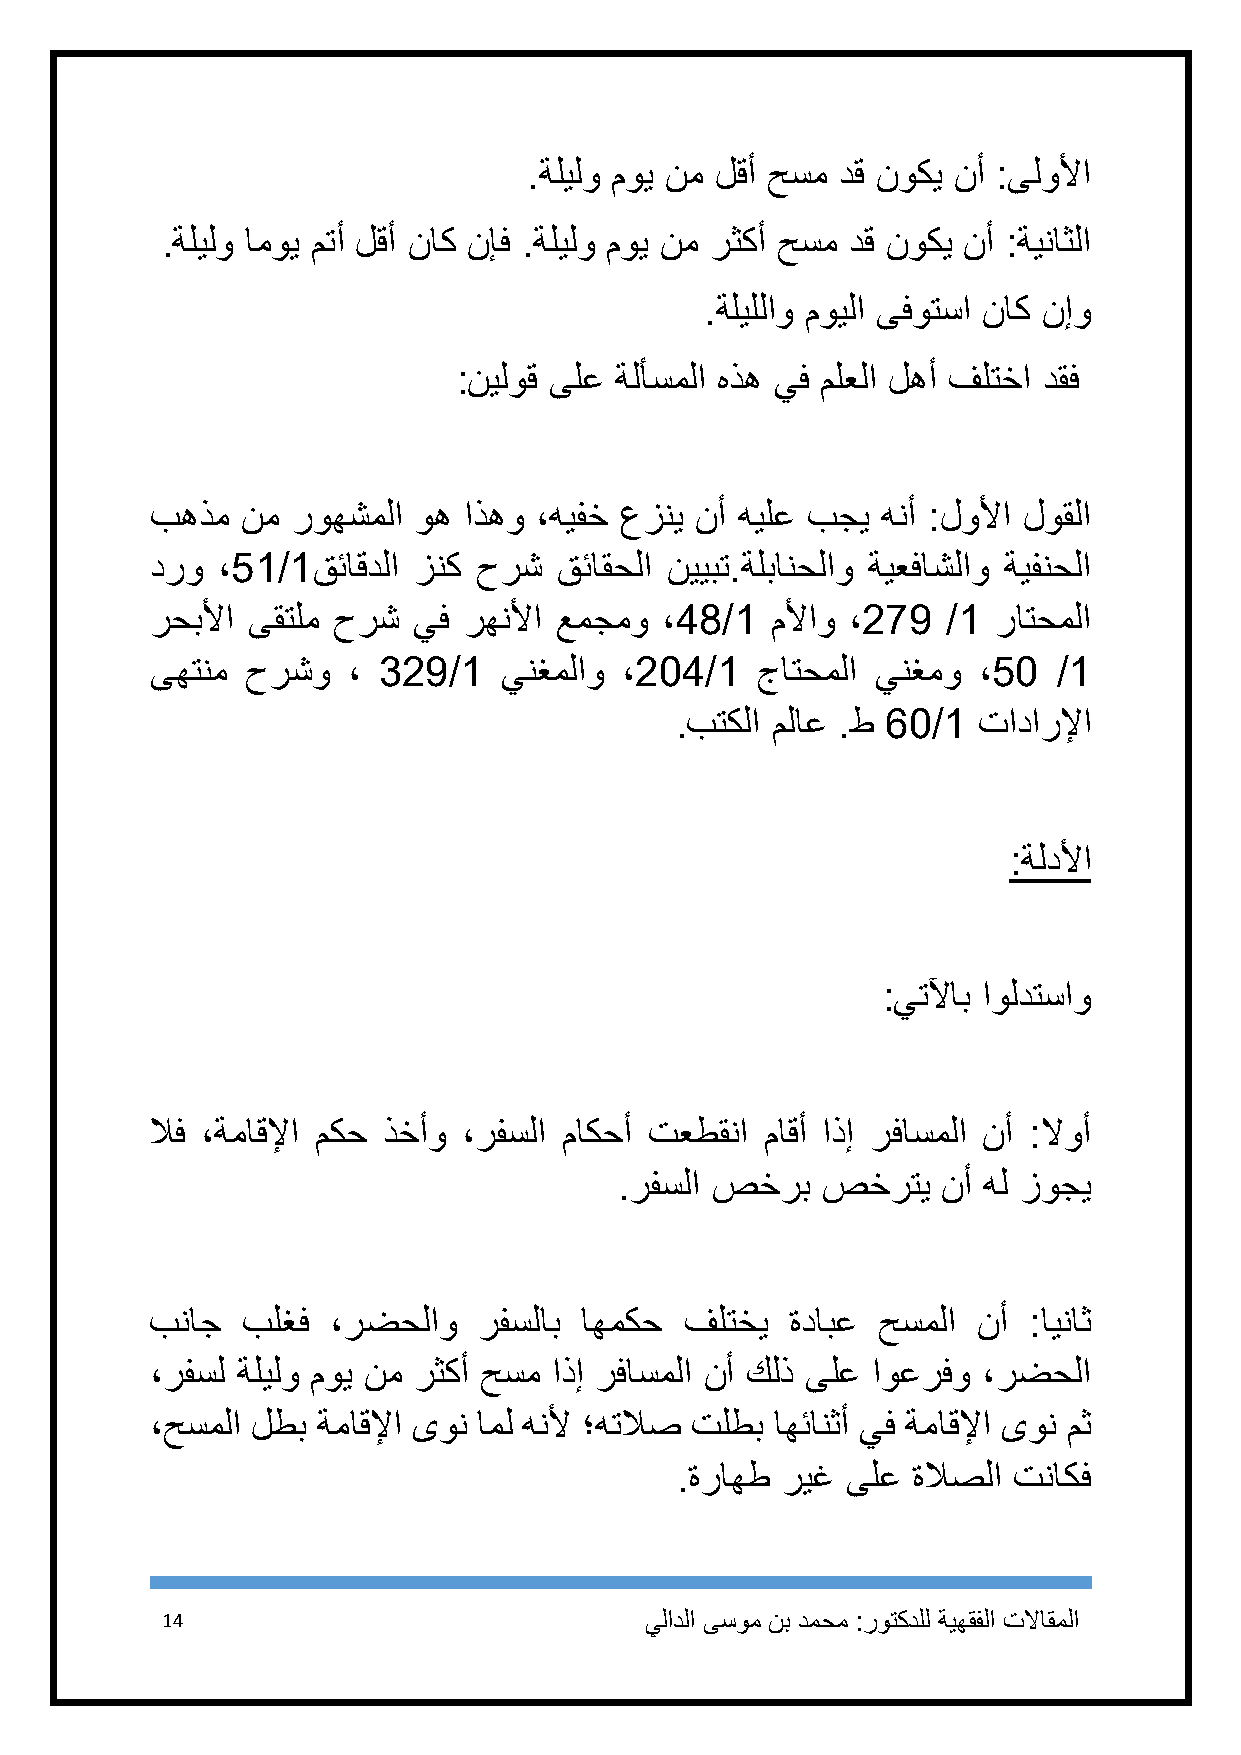
.ةليلو موي نم لقأ حسم دق نوكي نأ :ىلولأا
 .ةليلو اموي متأ لقأ ناك نإف .ةليلو موي نم رثكأ حسم دق نوكي نأ :ةيناثلا
 .ةليللاو مويلا ىفوتسا ناك نإو
 :نيلوق ىلع ةلأسملا هذه يف ملعلا لهأ فلتخا دقف
 بهذم  نم روهشملا وه  اذهو ،هيفخ عزني نأ هيلع بجي هنأ :لولأا لوقلا
 درو ،11/1قئاقدلا زنك  حرش  قئاقحلا نييبت.ةلبانحلاو ةيعفاشلاو ةيفنحلا
 رحبلأا ىقتلم حرش يف  رهنلأا عمجمو ،93/1  ملأاو ،921  /1 راتحملا
 ىهتنم حرشو   ، 891/1   ينغملاو ،919/1   جاتحملا ينغمو  ،11  /1
 .بتكلا ملاع .ط 41/1 تادارلإا
 :ةلدلأا
 :يتلآاب اولدتساو
 لاف ،ةماقلإا مكح ذخأو ،رفسلا ماكحأ تعطقنا ماقأ اذإ رفاسملا نأ :لاوأ
 .رفسلا صخرب  صخرتي   نأ هل زوجي
 بناج  بلغف  ،رضحلاو   رفسلاب اهمكح فلتخي  ةدابع حسملا  نأ :ايناث
 ،رفسل ةليلو موي نم رثكأ حسم اذإ رفاسملا نأ كلذ ىلع اوعرفو ،رضحلا
 ،حسملا لطب ةماقلإا ىون امل هنلأ ؛هتلاص تلطب اهئانثأ يف ةماقلإا ىون مث
 .ةراهط ريغ ىلع ةلاصلا تناكف
 14                              يلادلا ىسوم نب دمحم :روتكدلل ةيهقفلا تلااقملا